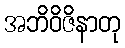
အဘိဝိဇိနာတု